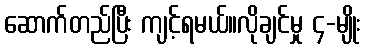
ဆောက်တည်ပြီး ကျင့်ရမယ်။လိုချင်မှု ၄-မျိုး